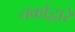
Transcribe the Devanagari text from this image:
तर्काद्वारे